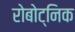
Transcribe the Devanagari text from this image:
रोबोट्निक